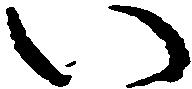
い